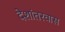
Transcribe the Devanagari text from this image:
देशांतरवास